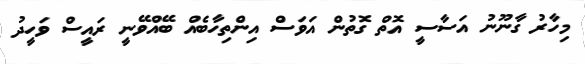
މިހާރު ގާނޫނު އަސާސީ އޮތް ގޮތުން އަވަސް އިންތިހާބެއް ބޭއްވޭނީ ރައީސް ވަހީދު